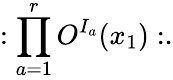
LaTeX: :\prod_{a=1}^{r}O^{I_{a}}(x_{1}):.